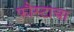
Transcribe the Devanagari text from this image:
फौस्टाचा